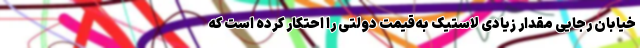
خیابان رجایی مقدار زیادی لاستیک به‌قیمت دولتی را احتکار کرده است که